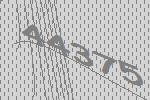
44375